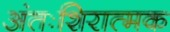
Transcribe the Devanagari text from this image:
अंतःशिरात्मक